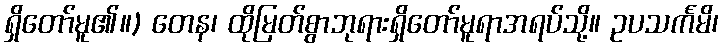
ရှိတော်မူ၏။) တေန၊ ထိုမြတ်စွာဘုရားရှိတော်မူရာအရပ်သို့။ ဥပသင်္ကမိ၊